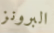
البرونز